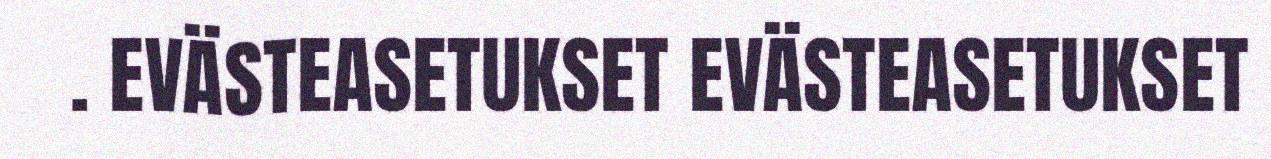
. EVÄSTEASETUKSET EVÄSTEASETUKSET